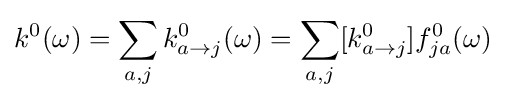
k^{0}(\omega )=\sum _{a,j}k_{a\to j}^{0}(\omega )=\sum _{a,j}[k_{a\to j}^{0}]f_{ja}^{0}(\omega )